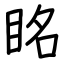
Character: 眳